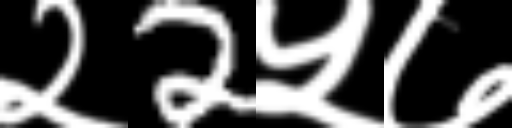
Text: २2५७